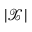
| { \mathcal { X } } |